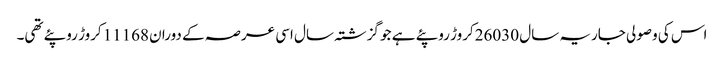
اس کی وصولی جاریہ سال 26030کروڑ روپئے ہے جو گزشتہ سال اسی عرصہ کے دوران 11168کروڑ روپئے تھی۔